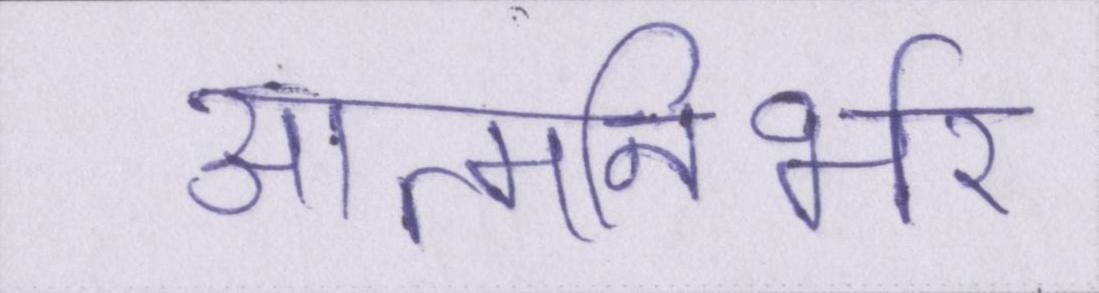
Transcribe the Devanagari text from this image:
आत्मनिर्भर